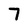
Character: 7